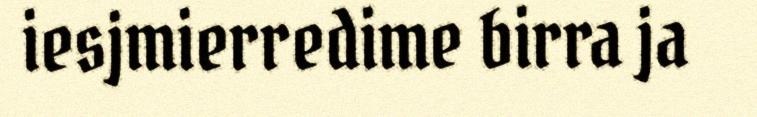
iesjmierredime birra ja